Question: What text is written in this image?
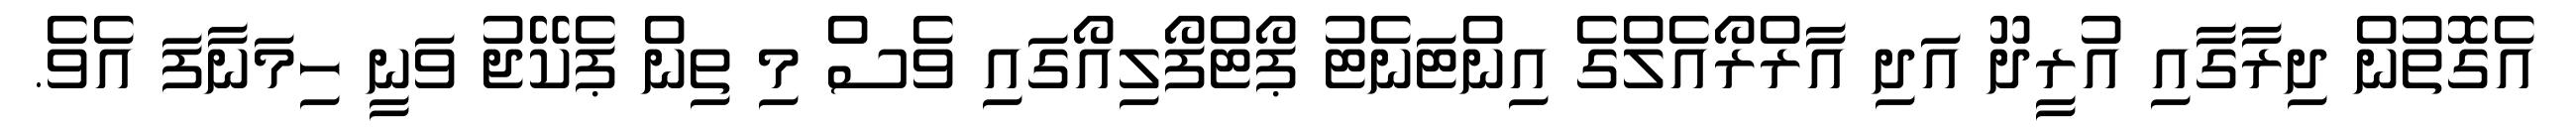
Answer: އެގޮތުން ދިރާގާއި އުރީދޫ އަދި އާރްރޯއެލްގެ އިންޓަނެޓު ޕޯޓްފޯލިއޯގައި ވެސް މި ތިން ޕެކޭޖު ވަނީ ހިމަނާފަ އެވެ.